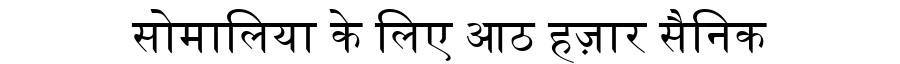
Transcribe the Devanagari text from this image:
सोमालिया के लिए आठ हज़ार सैनिक